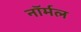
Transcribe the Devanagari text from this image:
नाॅर्मल